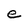
Character: e